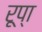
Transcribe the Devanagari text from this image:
रूप्‍ा